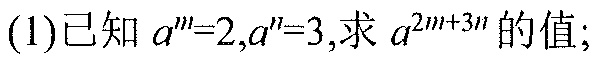
(1)已知\(a^{m}=2,a^{n}=3\),求\(a^{2m + 3n}\)的值;